Document type: Enfranchisement
Year: 1297
Scribe: Jaume de Trilla
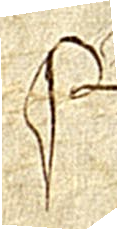
Sig